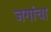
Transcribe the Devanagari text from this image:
जगांचा